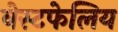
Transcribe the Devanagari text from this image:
वेस्टफेलिय